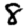
Digit: 8